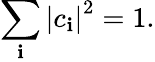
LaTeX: \sum_{\mathbf{i}}\left|c_{\mathbf{i}}\right|^{2}=1.